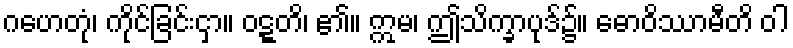
ဂဟေတုံ၊ ကိုင်ခြင်းငှာ။ ဝဋ္ဋတိ၊ ၏။ ဣမ၊ ဤသိက္ခာပုဒ်၌။ ဓောဝိဿာမီတိ ဝါ